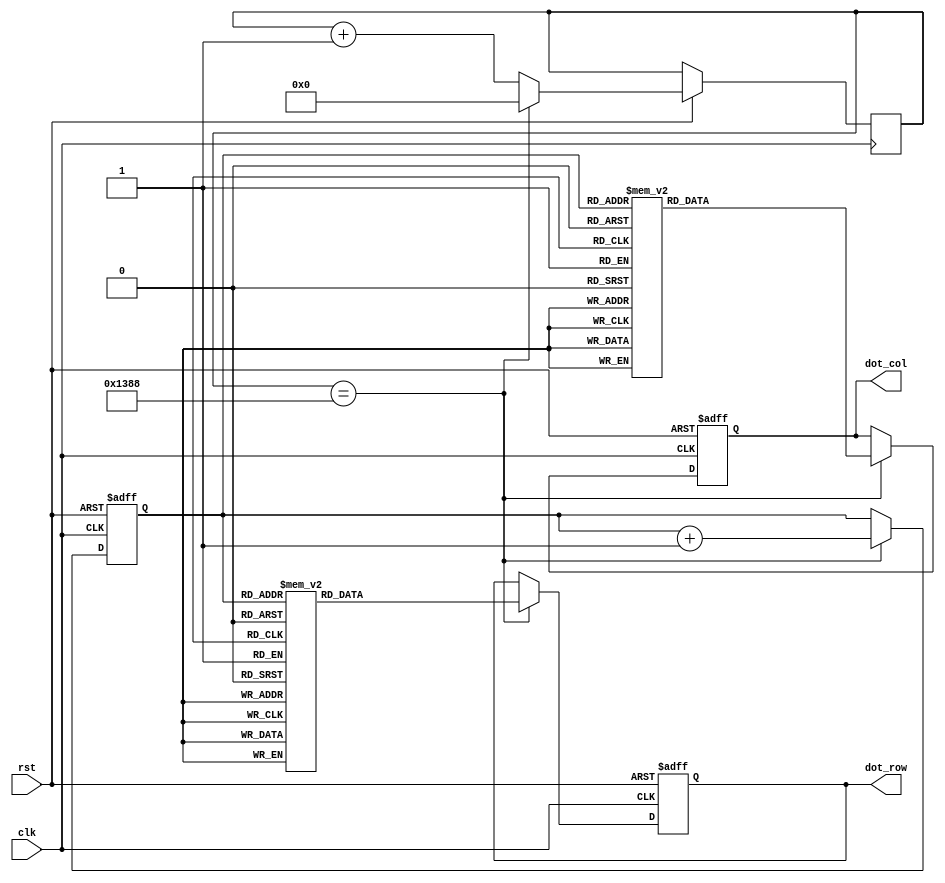
module aaa(
input clk , rst,
output reg[7:0] dot_row ,dot_col);

reg[15:0] count;
reg[3:0] num ;
reg[2:0]  row_count;

always@(posedge clk or negedge rst)
begin 
num = 1;
	if(!rst)
		begin
			dot_row <= 8'b0;
			dot_col <= 8'b0;
			row_count <= 0;
		end
	else
		begin
			if(count == 5000)
				begin
					count <= 0;
					row_count<= row_count + 1 ;
			case(row_count)
				3'd0: dot_row <= 8'b01111111;
				3'd1: dot_row <= 8'b10111111;
				3'd2: dot_row <= 8'b11011111;
				3'd3: dot_row <= 8'b11101111;
				3'd4: dot_row <= 8'b11110111;
				3'd5: dot_row <= 8'b11111011;
				3'd6: dot_row <= 8'b11111101;
				3'd7: dot_row <= 8'b11111110;
			endcase
			case(row_count)
				3'd0: dot_col <= 8'b00011000;
				3'd1: dot_col <= 8'b00100100;
				3'd2: dot_col <= 8'b01000010;
				3'd3: dot_col <= 8'b11000011;
				3'd4: dot_col <= 8'b01000010;
				3'd5: dot_col <= 8'b01000010;
				3'd6: dot_col <= 8'b01000010;
				3'd7: dot_col <= 8'b01111110;
			endcase
				end
			else
				begin 
					count <= count + 1;
				end
		end	
		
end




/*always@(num)
begin 
	if(num)
		begin 
			row_count<= row_count + 1 ;
			case(row_count)
				3'd0: dot_row <= 8'b01111111;
				3'd1: dot_row <= 8'b10111111;
				3'd2: dot_row <= 8'b11011111;
				3'd3: dot_row <= 8'b11101111;
				3'd4: dot_row <= 8'b11110111;
				3'd5: dot_row <= 8'b11111011;
				3'd6: dot_row <= 8'b11111101;
				3'd7: dot_row <= 8'b11111110;
			endcase
			case(row_count)
				3'd0: dot_col <= 8'b00011000;
				3'd1: dot_col <= 8'b00100100;
				3'd2: dot_col <= 8'b01000010;
				3'd3: dot_col <= 8'b11000011;
				3'd4: dot_col <= 8'b01000010;
				3'd5: dot_col <= 8'b01000010;
				3'd6: dot_col <= 8'b01000010;
				3'd7: dot_col <= 8'b01111110;
			endcase
				
		end
	else
		begin
			dot_row <= 8'b0;
			dot_col <= 8'b0;
			row_count <= 0;
		end
		
end*/
endmodule